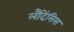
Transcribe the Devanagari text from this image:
लौदेंसिस